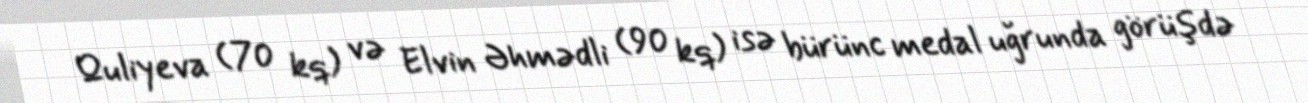
Quliyeva (70 kq) və Elvin Əhmədli (90 kq) isə bürünc medal uğrunda görüşdə